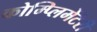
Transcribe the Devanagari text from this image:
कोम्प्लिमेंटेरी